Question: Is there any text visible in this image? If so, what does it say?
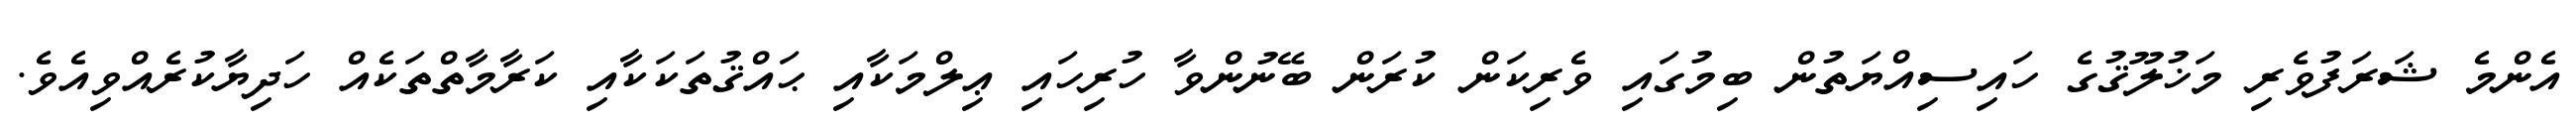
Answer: އެންމެ ޝަރަފުވެރި މަޚުލޫޤުގެ ހައިސިއްޔަތުން ބިމުގައި ވެރިކަން ކުރަން ބޭނުންވާ ހުރިހައި ޢިލްމަކާއި ޙައްޤުތަކަކާއި ކަރާމާތްތަކެއް ހަދިޔާކުރެއްވިއެވެ.